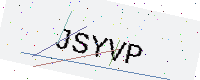
Text: JSYVP